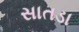
સાતડા